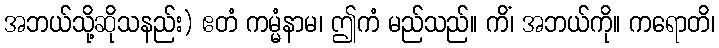
အဘယ်သို့ဆိုသနည်း) ဧတံ ကမ္မံနာမ၊ ဤကံ မည်သည်။ ကိံ၊ အဘယ်ကို။ ကရောတိ၊